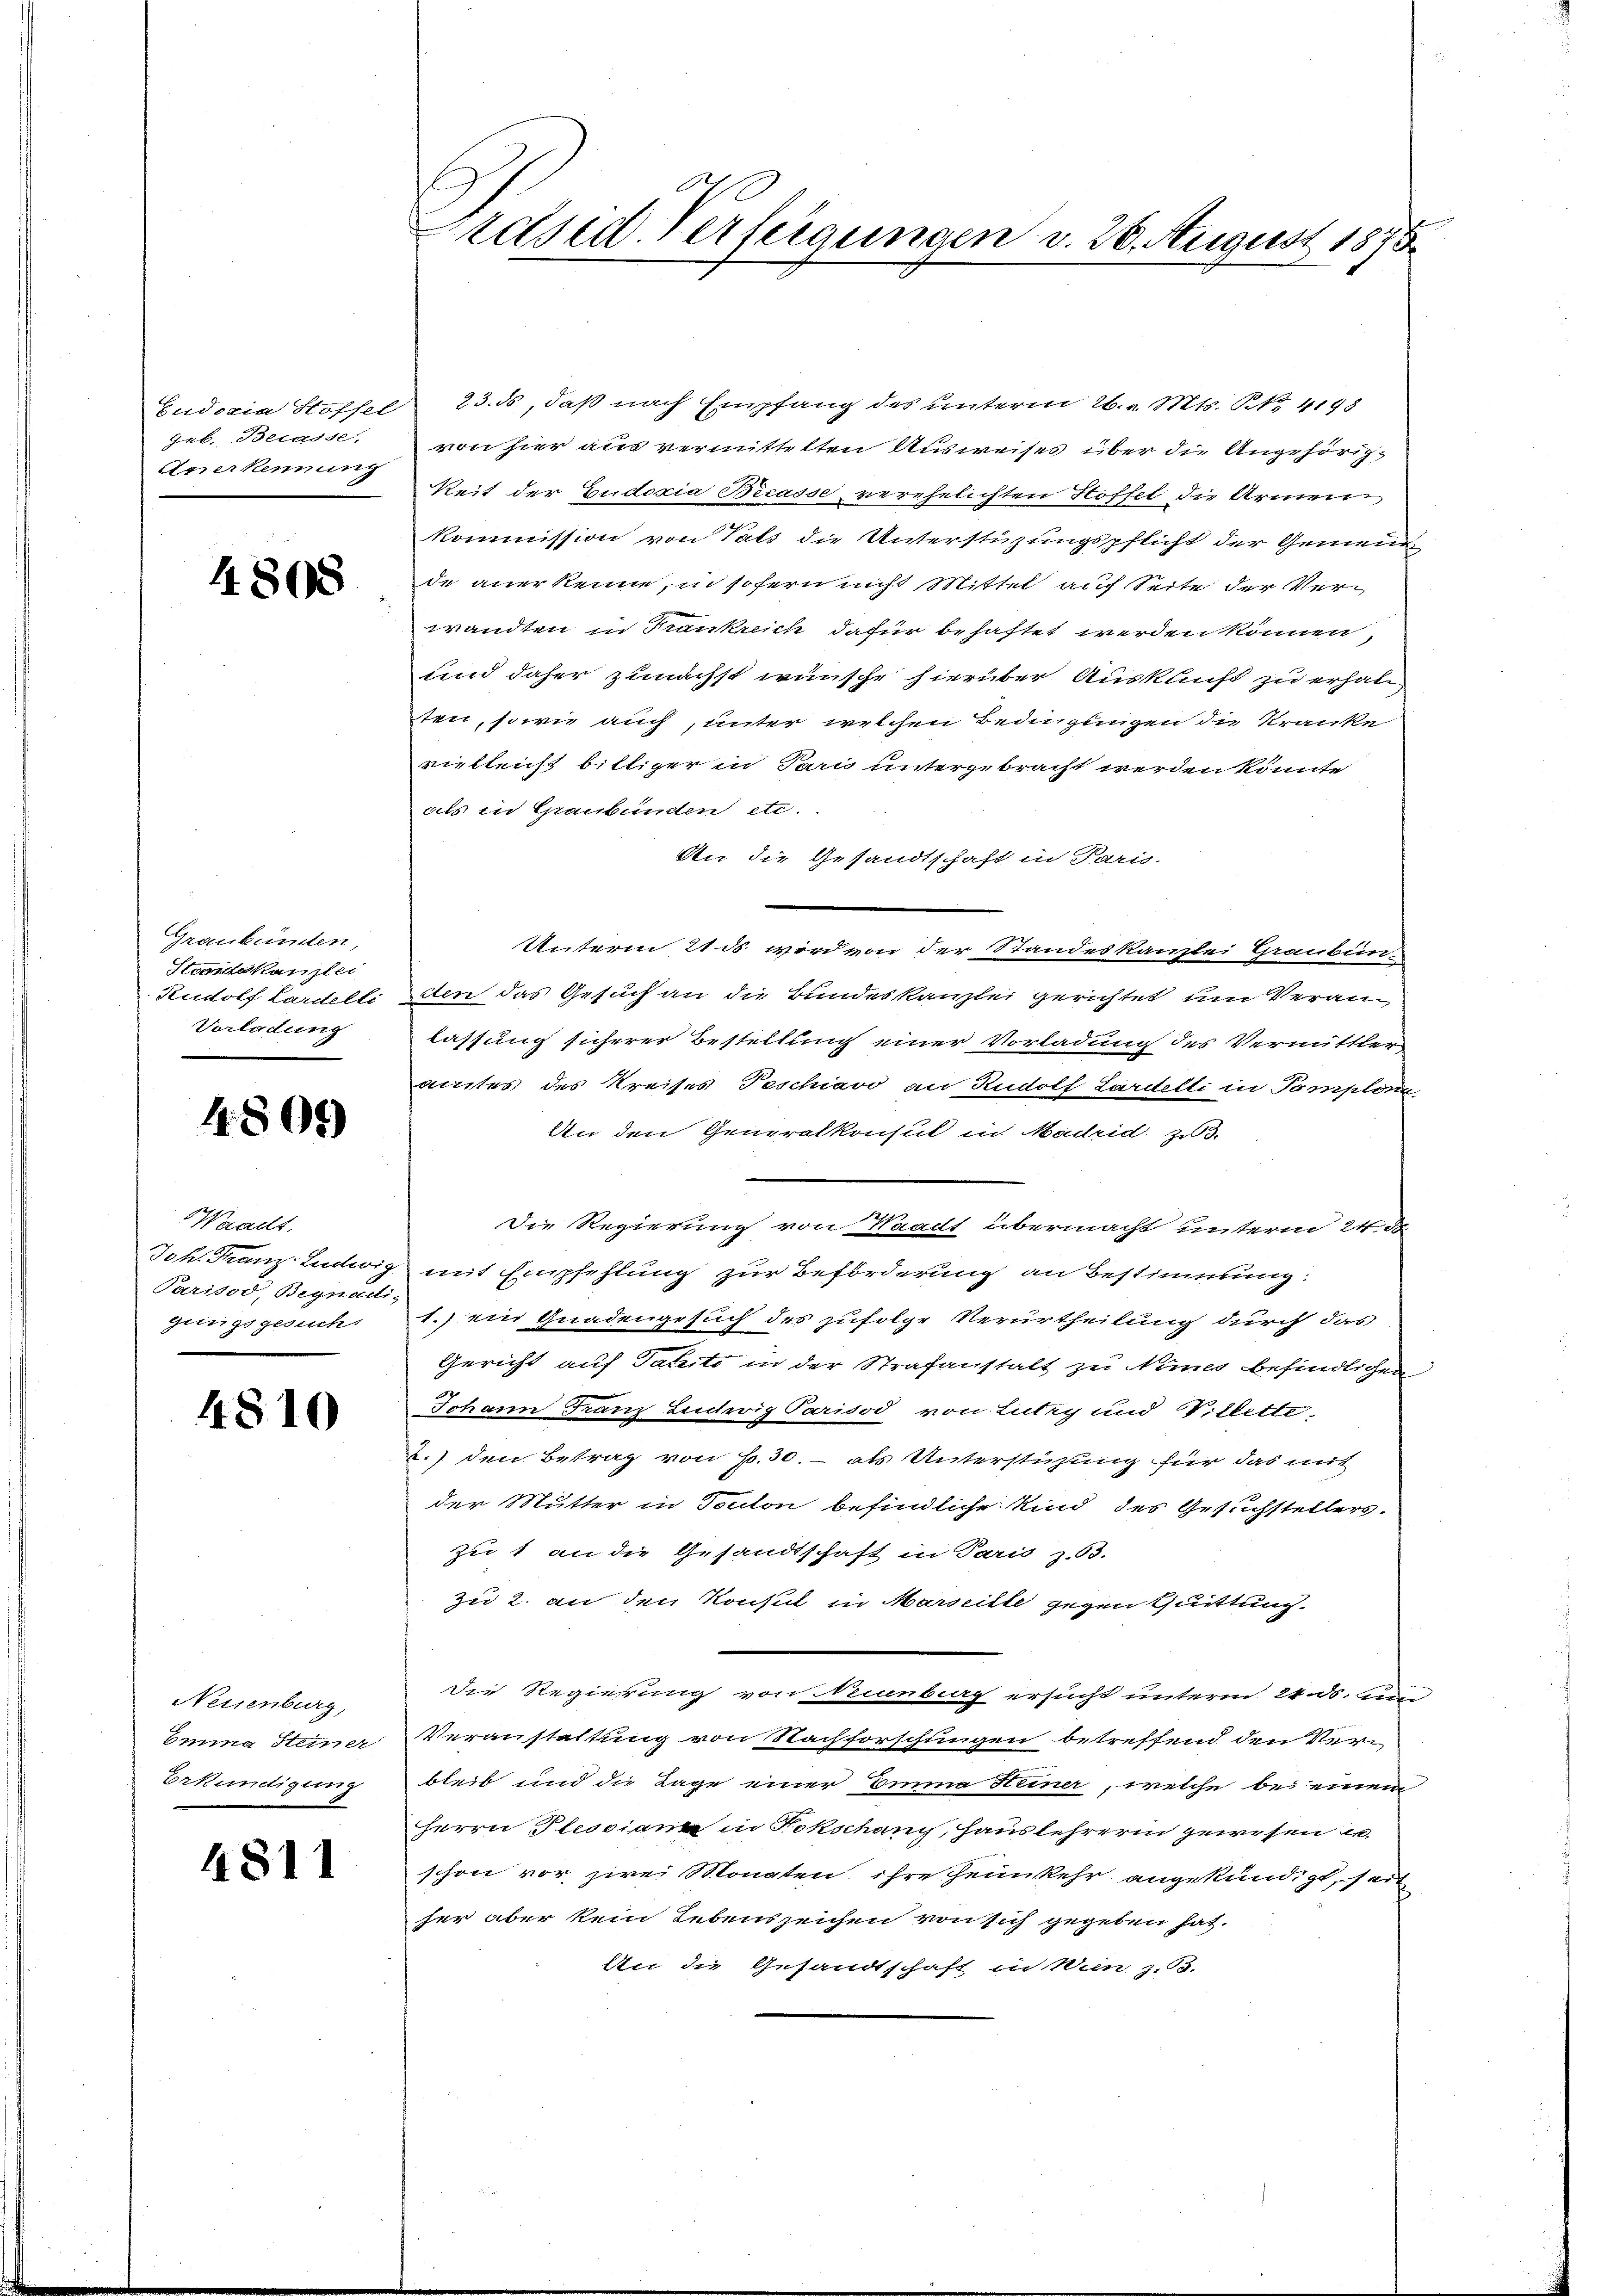
Eudoxia Stoffel
Geb. Belasse,
Anerkennung

1808

Graubünden,
Standeskanzlei
Rudolf Lardelli
Vorladung

4805)

Waadt.
Joh. Franz-Ludwig
Parisod, Begnadi-
gungsgesuch

4810

Nessenburg,
Einna Steiner
Erkundigung

4811

Preised-Verfeigungen v. 28. August 1873

23. ds, daß nach Empfang des unterm 26. v. Mts. S. 4198
von hier aus vermittelten Ausweises über die Angehörigkeit der Eudoxia Bicasse verehelichten Hoffel die Armen,
kommission von Tals die Unterstüzungspflicht der Gemeinde anerkenne, in sofern nicht Mittel auf Seite der Verwandten in Trankreich dafür behaftet werden können,
und daher zunächst wünsche hierüber Auskunft zu erhalten, sowie auch, unter welchen Bedingungen die Kranke
vielleicht billiger in Pari untergebracht werden könnte
als in Graubünden etc.
An die Gesandtschaft in Paris.
Unterm 21. ds wird von der Standeskanzlei Graubünden das Gesuch an die Bundeskanzlei gerichtet um Veranlassung sicherer Bestellung einer Vorladung des Vermittler
amtes des Kreises Teschiavo an Rudolf Lardelli in Templon
An den Generalkonsul in Madrid zu 3.
Die Regierung von Waadt übermacht unterm 24. ds.
mit Empfehlung zur Beförderung an Bestimmung:
1.) ein Gnadengesuch des zufolge Verurtheilung durch das
Gericht auf Tacito in der Strafanstalt zu Numes befindlichen
Johann Franz Ludwig Parisod von Lutry und Villette
2.) den Betrag von p. 30. - als Unterstüzung für das mit
der Mutter in Toulon befindliche Kind des Gesuchstellers.
zu 1 an die Gesandtschaft in Paris z. 53.
zu 2. an den Konsul in Marseille gegen Quittung.
die Regierung von Neuenburg ersucht unterm 24. ds. un
Veranstaltung von Nachforschungen betreffend den Ver
bleib und die Lage einer Emma Heiner, welche bei einem
HHerrn Plessian in Fokschang, Hauslehrerin gewisen is
schon vor zwei Monaten, ihre heimkehr angekündigt, seit
her aber kein Lebenszeichen von sich gegeben hat.
An die Gesandtschaft in Wien z. B.